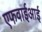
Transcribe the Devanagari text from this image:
एफवाईआई